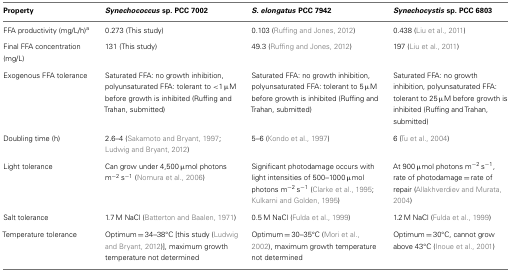
| Property | Synechococcus sp. PCC 7002 | S. elongatus PCC 7942 | Synechocystis sp. PCC 6803 |
 | --- | --- | --- | --- |
 | FFA productivity (mg/L/h)a | 0.273 (This study) | 0.103 (Ruffing and Jones, 2012) | 0.438 (Liu et al., 2011) |
 | Final FFA concentration (mg/L) | 131 (This study) | 49.3 (Ruffing and Jones, 2012) | 197 (Liu et al., 2011) |
 | Exogenous FFA tolerance | Saturated FFA: no growth inhibition, polyunsaturated FFA: tolerant to <1 μM before growth is inhibited (Ruffing and Trahan, submitted) | Saturated FFA: no growth inhibition, polyunsaturated FFA: tolerant to 5 μM before growth is inhibited (Ruffing and Trahan, submitted) | Saturated FFA: no growth inhibition, polyunsaturated FFA: tolerant to 25 μM before growth is inhibited (Ruffing and Trahan, submitted) |
 | Doubling time (h) | 2.6–4 (Sakamoto and Bryant, 1997; Ludwig and Bryant, 2012) | 5–6 (Kondo et al., 1997) | 6 (Tu et al., 2004) |
 | Light tolerance | Can grow under 4,500 μmol photons m−2 s−1 (Nomura et al., 2006) | Significant photodamage occurs with light intensities of 500–1000 μmol photons m−2 s−1 (Clarke et al., 1995; Kulkarni and Golden, 1995) | At 900 μmol photons m−2 s−1, rate of photodamage = rate of repair (Allakhverdiev and Murata, 2004) |
 | Salt tolerance | 1.7 M NaCl (Batterton and Baalen, 1971) | 0.5 M NaCl (Fulda et al., 1999) | 1.2 M NaCl (Fulda et al., 1999) |
 | Temperature tolerance | Optimum = 34–38°C [this study (Ludwig and Bryant, 2012)], maximum growth temperature not determined | Optimum = 30–35°C (Mori et al., 2002), maximum growth temperature not determined | Optimum = 30°C, cannot grow above 43°C (Inoue et al., 2001) |